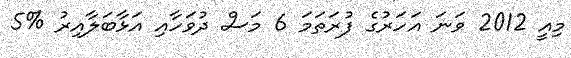
މިއީ 2012 ވަނަ އަހަރުގެ ފުރަތަމަ 6 މަސް ދުވަހާއި އަޅާބަލާއިރު %5